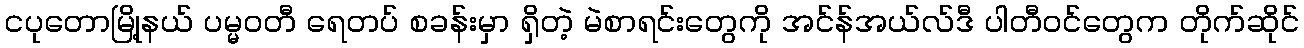
ငပုတောမြို့နယ် ပမ္မဝတီ ရေတပ် စခန်းမှာ ရှိတဲ့ မဲစာရင်းတွေကို အင်န်အယ်လ်ဒီ ပါတီဝင်တွေက တိုက်ဆိုင်